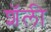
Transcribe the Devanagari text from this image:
शॅली